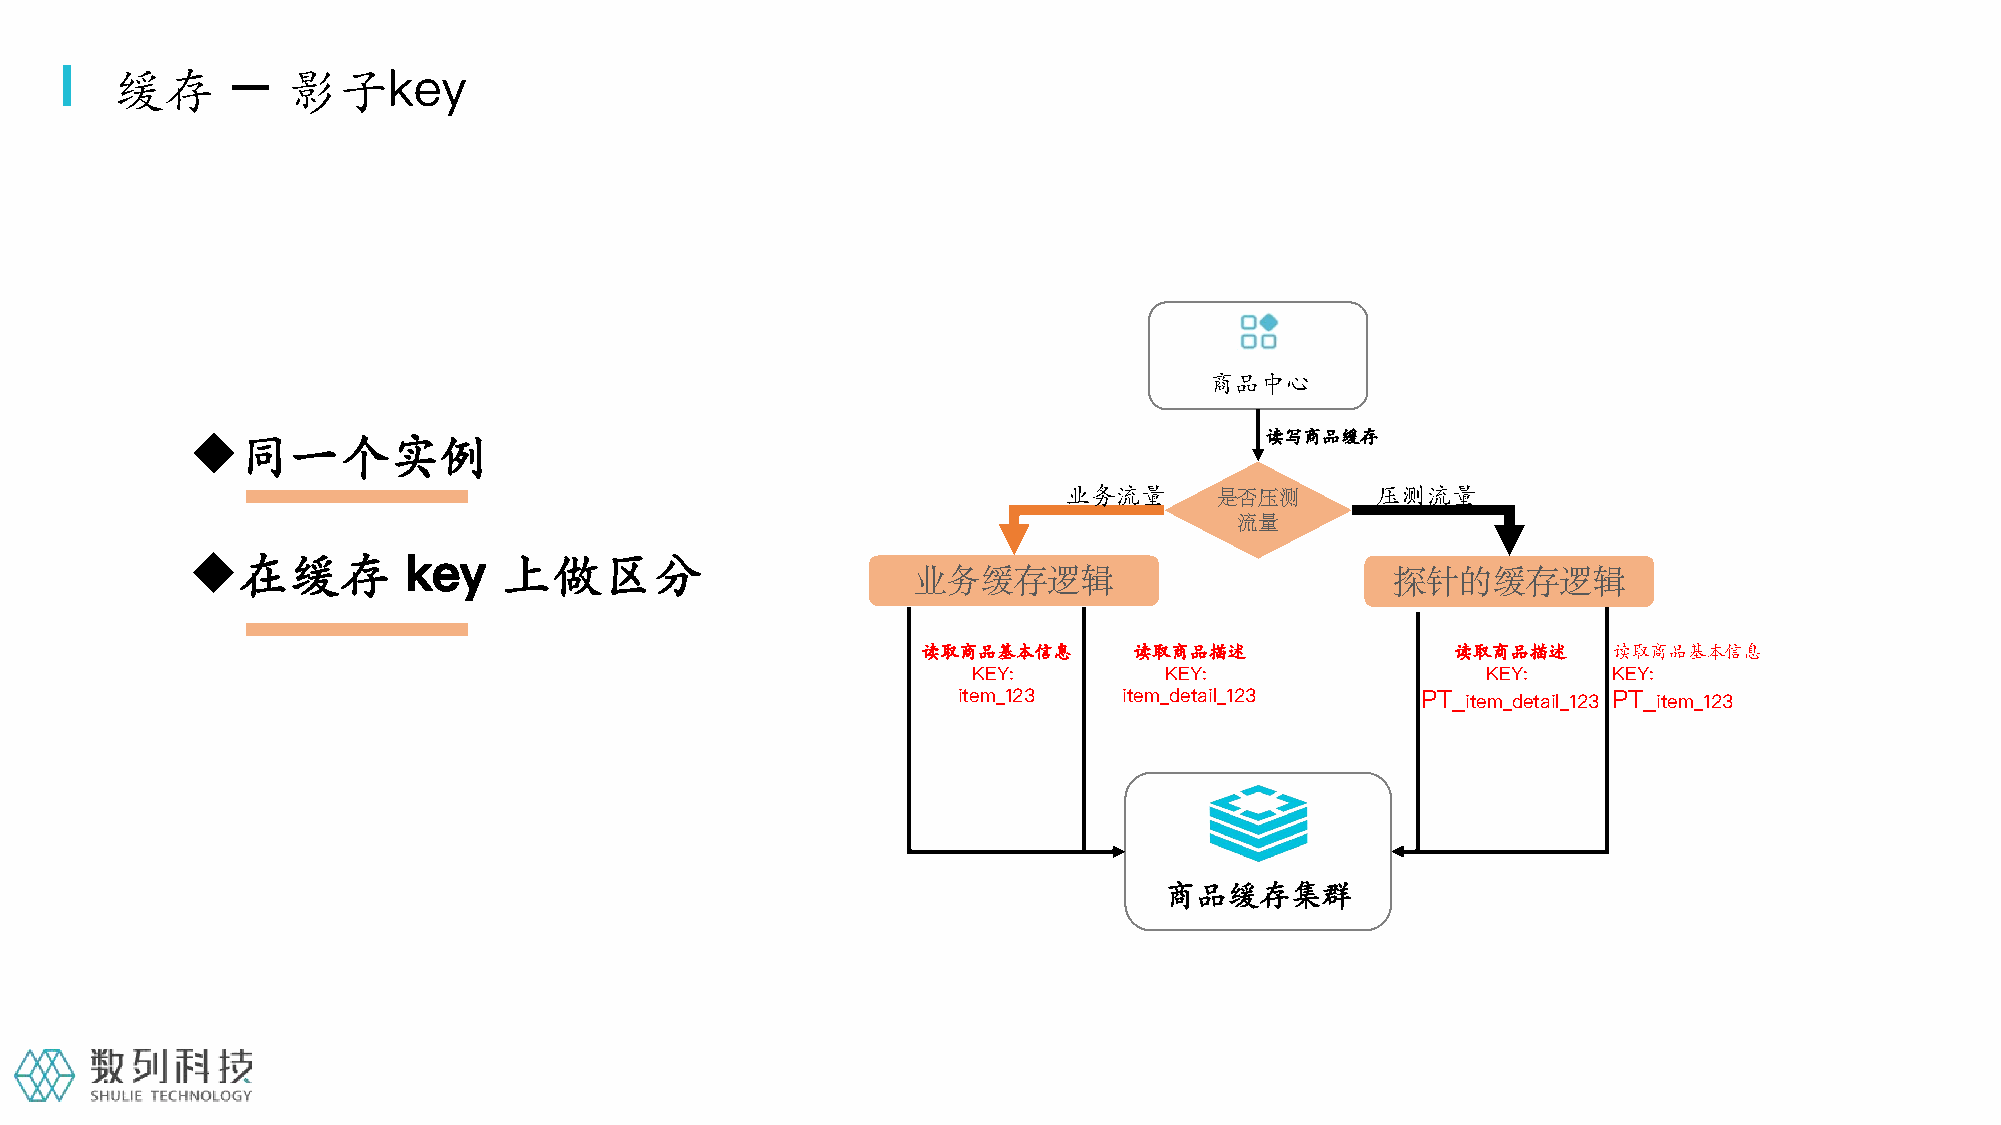
缓存      –   影子key
 商品中心
 同一个实例                                                                 读写商品缓存
 业务流量                 压测流量
 是否压测
 流量
 在缓存          key   上做区分
 业务缓存逻辑                          探针的缓存逻辑
 读取商品基本信息      读取商品描述               读取商品描述     读取商品基本信息
 KEY:         KEY:                 KEY:     KEY:
 item_123   item_detail_123     PT_item_detail_123 PT_item_123
 商品缓存集群